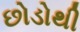
છોડોથી